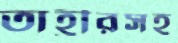
তাহ্রীরসহ